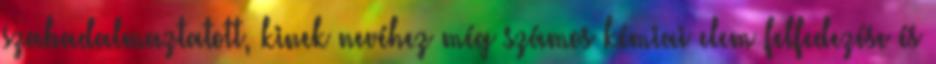
szabadalmaztatott, kinek nevéhez még számos kémiai elem felfedezése és